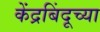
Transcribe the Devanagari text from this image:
केंद्रबिंदूच्या